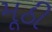
મૂઠી